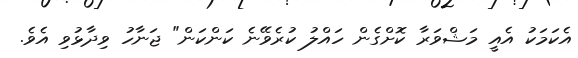
އެކަމަކު އެއީ މަޝްވަރާ ކޮށްގެން ހައްލު ކުރެވޭނެ ކަންކަން" ޖަނާހު ވިދާޅުވި އެވެ.